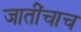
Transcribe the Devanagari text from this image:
जातींचाच